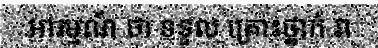
អារម្មណ៍ ថា ទទួល គ្រោះថ្នាក់ វា